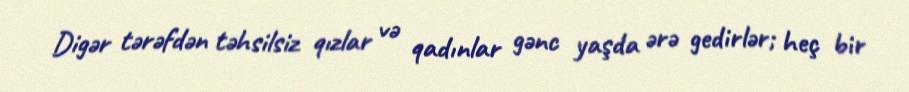
Digər tərəfdən təhsilsiz qızlar və qadınlar gənc yaşda ərə gedirlər; heç bir